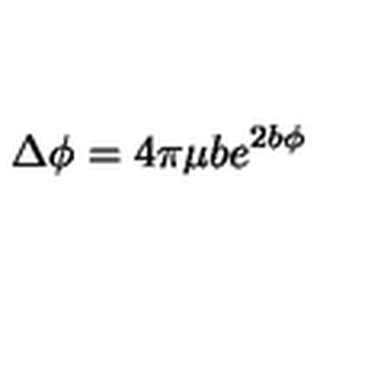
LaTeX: \Delta \phi = 4 \pi \mu b e ^ { 2 b \phi }